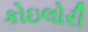
કોઇલોરી